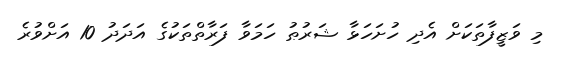
މި ވަޒީފާތަކަށް އެދި ހުށަހަޅާ ޝަރުޠު ހަމަވާ ފަރާތްތަކުގެ އަދަދު 10 އަށްވުރެ